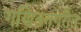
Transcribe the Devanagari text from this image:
गणितनगरीत